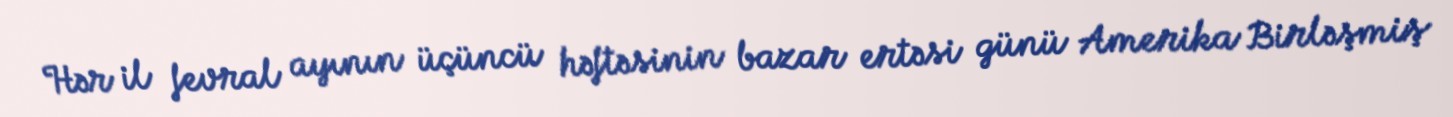
Hər il fevral ayının üçüncü həftəsinin bazar ertəsi günü Amerika Birləşmiş